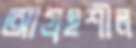
আগ্রহশীল